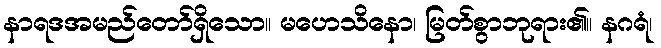
နာရဒအမည်တော်ရှိသော။ မဟေသိနော၊ မြတ်စွာဘုရား၏။ နဂရံ၊